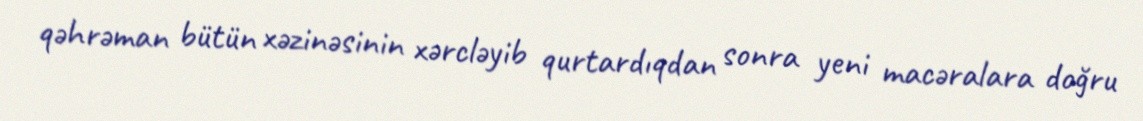
qəhrəman bütün xəzinəsinin xərcləyib qurtardıqdan sonra yeni macəralara doğru